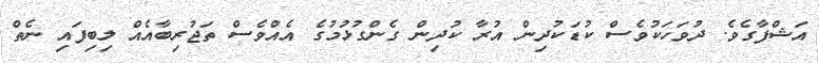
އަޝްފާގެވެ. ދުވަހަކުވެސް ކުޑަކުދިން އުރާ ކުދިން ގެންގުޅުމުގެ އެއްވެސް ތަޖުރިބާއެއް ލިބިފައި ނެތް